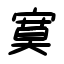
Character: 寞